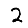
Digit: 2